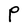
Character: P